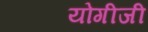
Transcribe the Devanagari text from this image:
योगीजी